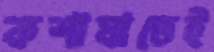
কশাঘাতেই